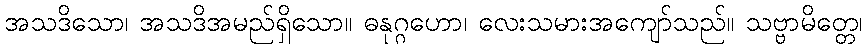
အသဒိသော၊ အသဒိအမည်ရှိသော။ ဓနုဂ္ဂဟော၊ လေးသမားအကျော်သည်။ သဗ္ဗာမိတ္တေ၊